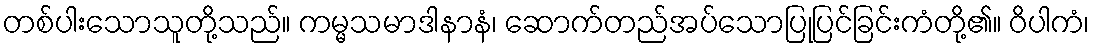
တစ်ပါးသောသူတို့သည်။ ကမ္မသမာဒါနာနံ၊ ဆောက်တည်အပ်သောပြုပြင်ခြင်းကံတို့၏။ ဝိပါကံ၊